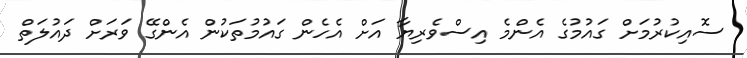
ސޮއިކުރުމަށް ގައުމުގެ އެންމެ އިސްވެރިޔާ އަށް އެހެން ގައުމުތަކުން އެންގޭ ވަރަށް ދައުލަތް